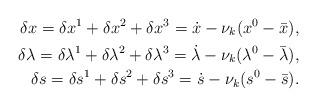
LaTeX: \begin{align*}\delta x = \delta x^1+\delta x^2+\delta x^3 =\dot{x} - \nu_k (x^0-\bar{x}), \\\delta \lambda = \delta \lambda^1+\delta \lambda^2+\delta \lambda^3 =\dot{\lambda} - \nu_k (\lambda^0-\bar{\lambda}) , \\\delta s = \delta s^1+\delta s^2+\delta s^3 =\dot{s} - \nu_k (s^0-\bar{s}). \end{align*}